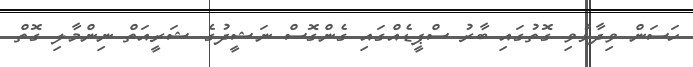
ހަސަން ވިދާޅުވި ގޮތުގައި ބާރު ސްޕީޑެއްގައި ގެންގޮސް ނަޝީދުގެ ޝަރީއަތް ނިންމާލި ގޮތް